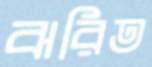
ঝরিত